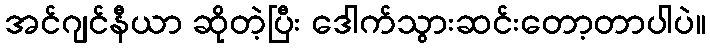
အင်ဂျင်နီယာ ဆိုတဲ့ပြီး ဒေါက်သွားဆင်းတော့တာပါပဲ။